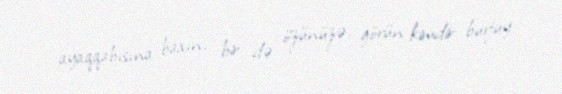
ayaqqabısına baxın, bir də özünüzə, görün kimdir burjuy.